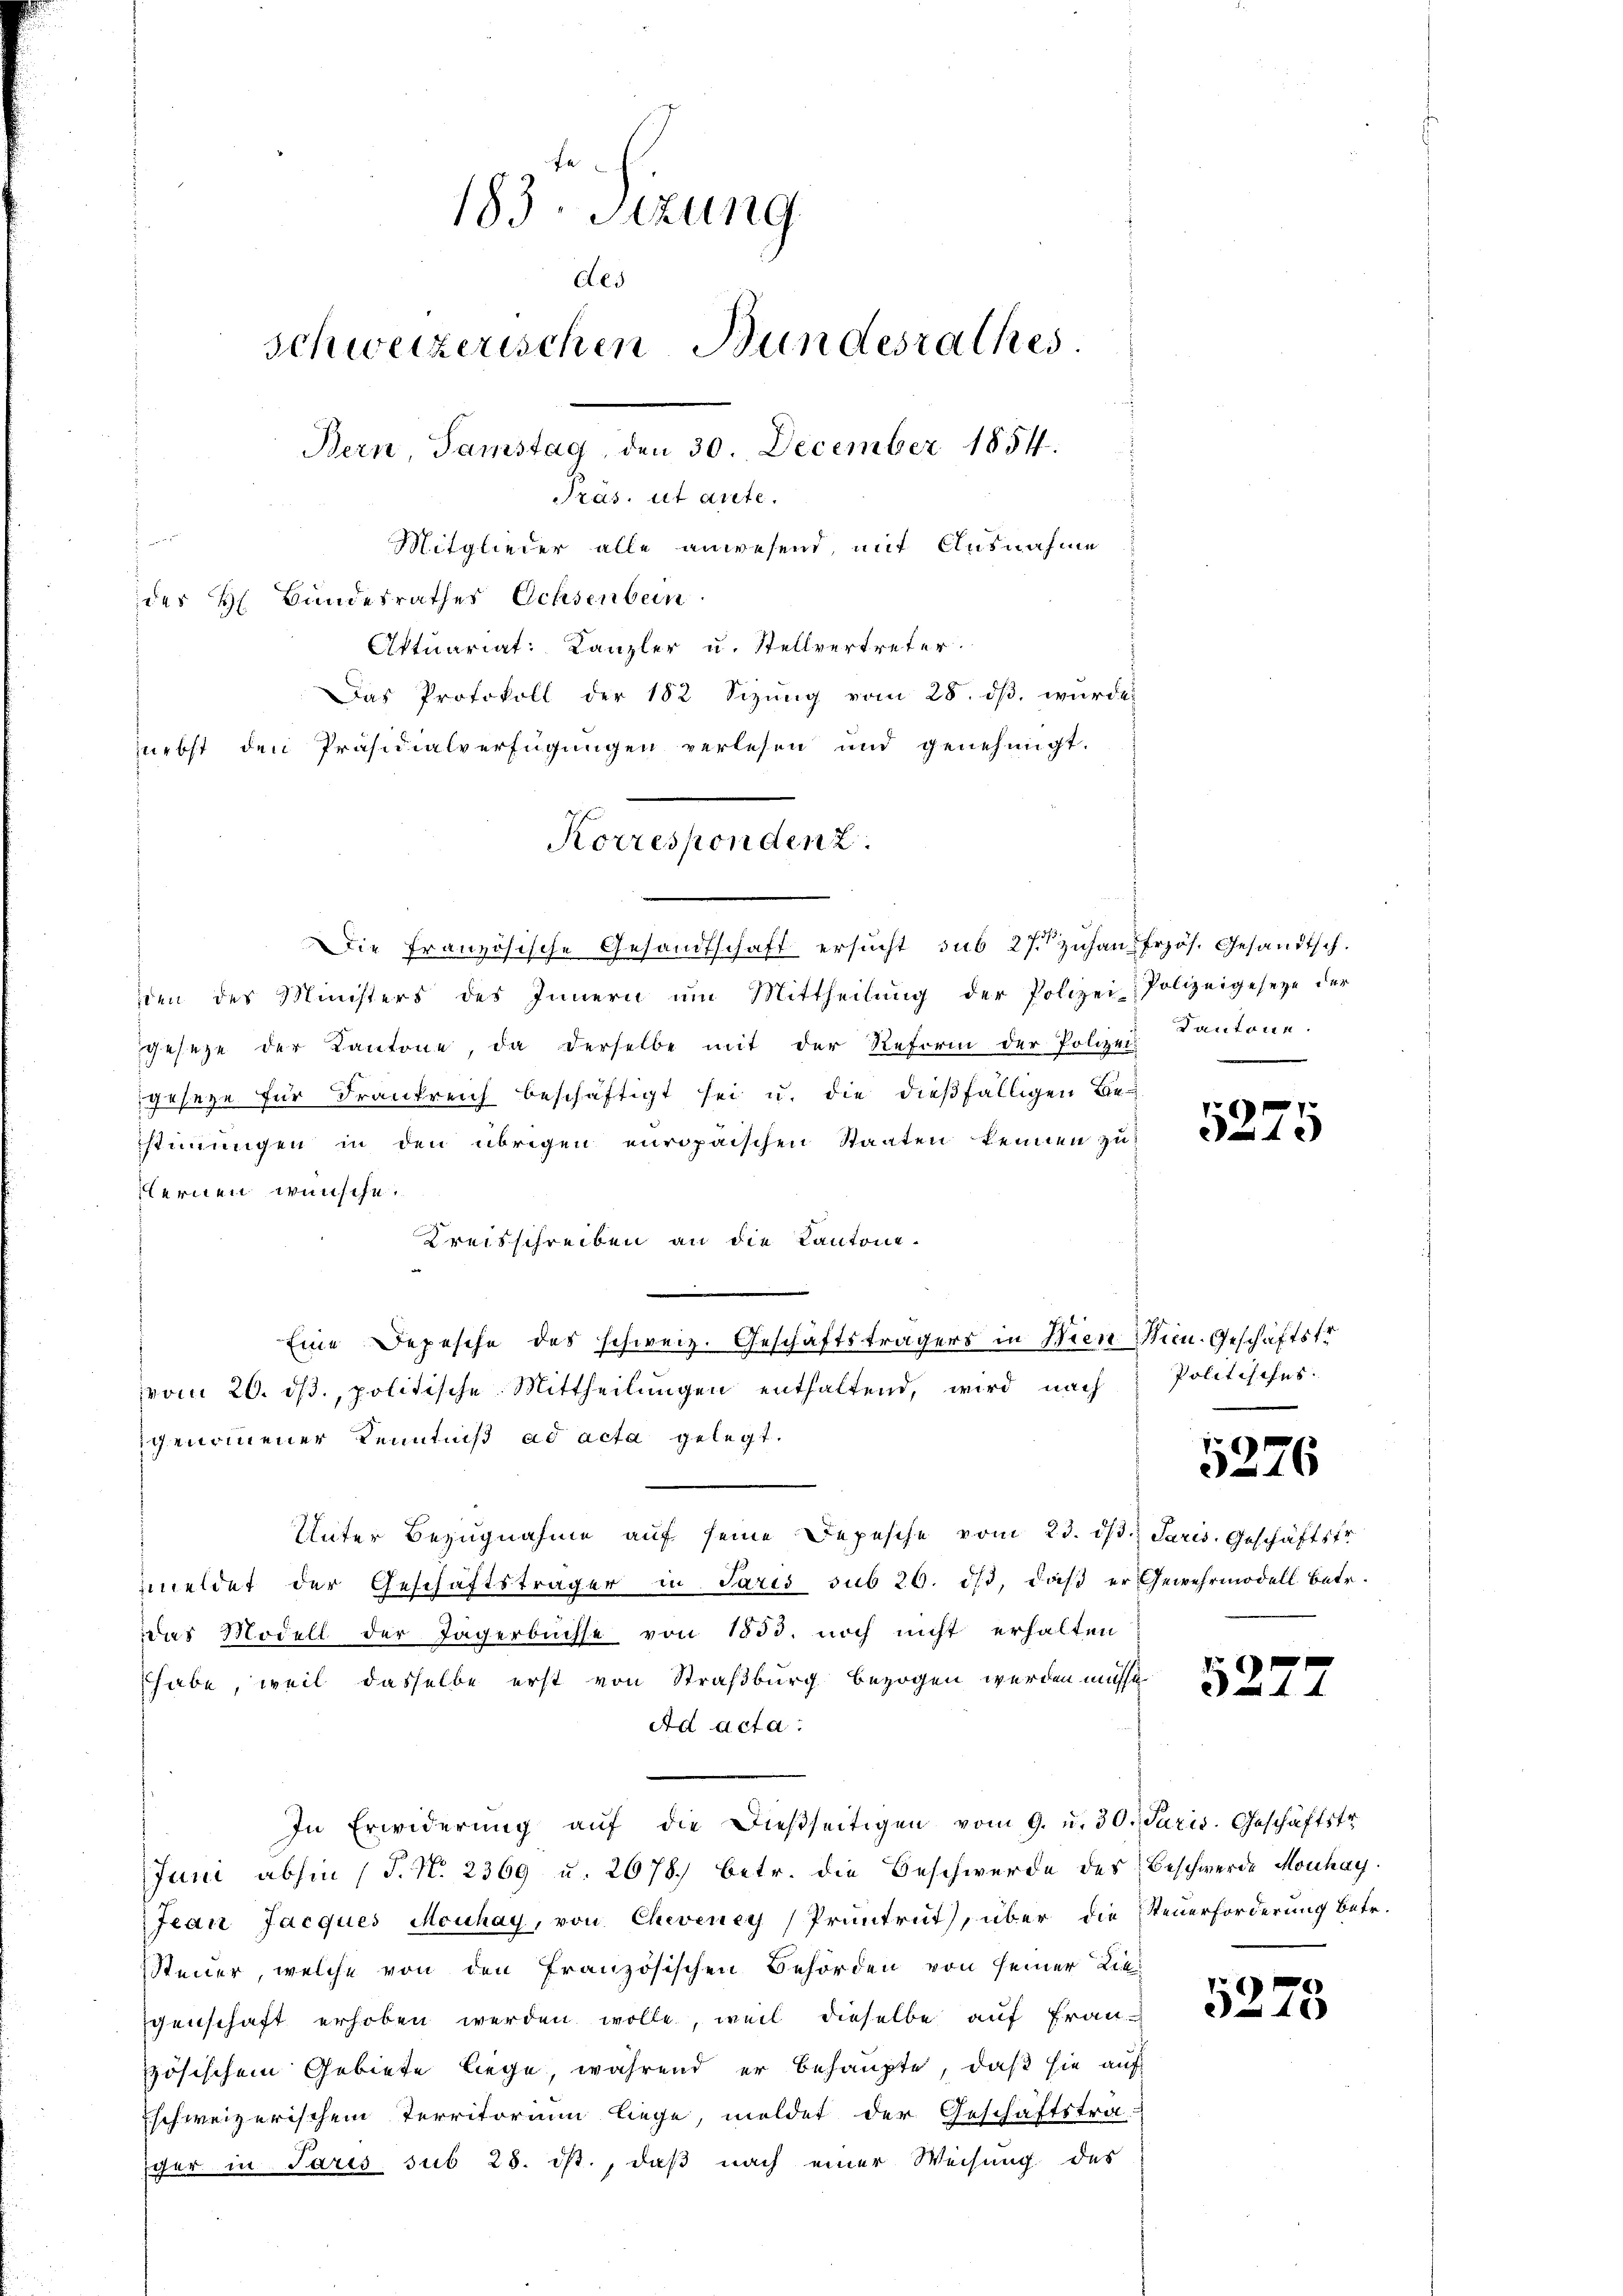
183. Sitzung
Aes
schweizerischen Bundesrathes
Bern, Samstag, den 30. December 1854.
Präs. ut arete.
Mitglieder alle anwesend, mit Ausnahme
des H. Bundesrathes Ochsenbern
Aktuariat: Kanzler u. Stellvertreter

Das Protokoll der 182 Sizung vom 28. dβ, wurde
nebst den Präsidialverfügungen verlesen und genehmigt.
Korrespondenz.

den des Ministers des Innern um Mittheilŭng der Polizei-Polizeigesetze der
geseze der Kantone, da derselbe mit der Reform der Polizei-
geseze für Frankreich beschäftigt sei u. die dießfälligen Bestimmungen in den übrigen europaischen Staaten kennen zu
flernen wünsche.
Kreisschreiben an die Kantone.
vom 20. ds., politische Mittheilungen enthaltend, wird nach
genommener Kenntniß ad acta gelegt.
Unter Bezugnahme aŭf seine Depesche vom 23. ds. Paris. Geschäftsfr
meldet der Geschäftsträger in Paris sub 20. ds, daß er Gewehrmodell betr.
des Modell der Jägerbuchse von 1850. noch nicht erhalten
habe, weil dasselbe erst von Straßburg bezogen werden müsse
Ad acta
In Erwiderŭng aŭf die dießseitigen vom 9. u. 30. Juris. Geschäftstr
Juni abhin (T. N. 2369 u. 2678) betr. die Beschwerde des Beschwerde Mouhay.
Jean Jacques Mouhay, von Cheveney Pruntrut, über die Steuerforderung betr.
Steuer, welche von den Französischen Behörden von seiner Lie
egenschaft erhoben werden wolle, weil dieselbe auf Französischem Gebiete liege, während er behaupte, daß sie auf
Eschweizerischem Territorium liege, meldet der Geschäftstra-
ger in Paris sub 28. ist, daß nach einer Weisung des

Die französische Gesandtschaft ersŭcht sub 27. zŭhan. Frzös. Gesandtsch.

Eine Depesche des schweiz. Geschäftsträgers in Wien Nein. Geschäftsfr

Kantone.

5275

Politisches.

5276

5277

5278